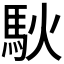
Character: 𫘉